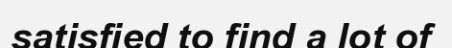
satisfied to find a lot of